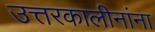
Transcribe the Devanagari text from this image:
उत्तरकालीनांना